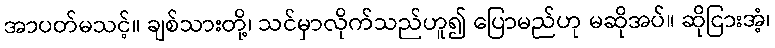
အာပတ်မသင့်။ ချစ်သားတို့၊ သင်မှာလိုက်သည်ဟူ၍ ပြောမည်ဟု မဆိုအပ်။ ဆိုငြားအံ့၊